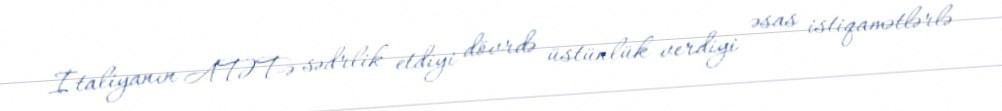
İtaliyanın ATƏT-ə sədrlik etdiyi dövrdə üstünlük verdiyi əsas istiqamətlərlə